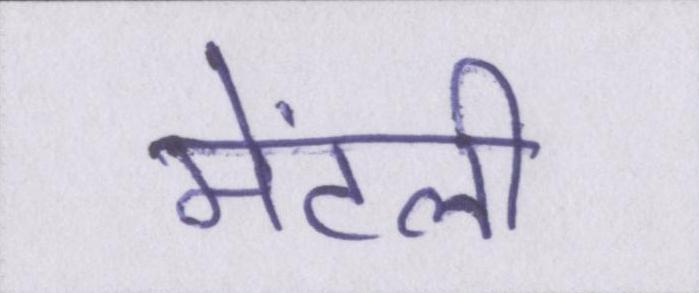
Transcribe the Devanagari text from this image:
मेंटली